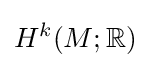
H^{k}(M;\mathbb {R} )